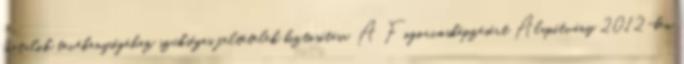
fiatalok tevékenységéhez szükséges feltételek biztosítása. A Fogorvosképzésért Alapítvány 2012-ben